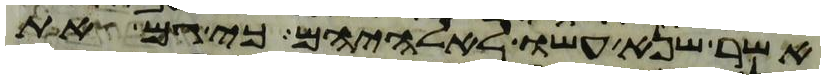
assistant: אשר שנא עשו לאלהיהם כי גם את